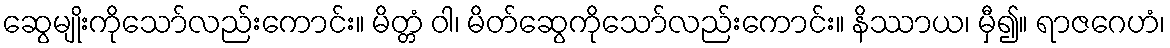
ဆွေမျိုးကိုသော်လည်းကောင်း။ မိတ္တံ ဝါ၊ မိတ်ဆွေကိုသော်လည်းကောင်း။ နိဿာယ၊ မှီ၍။ ရာဇဂေဟံ၊